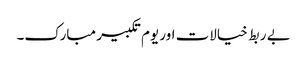
بے ربط خیالات اور یوم تکبیر مبارک۔